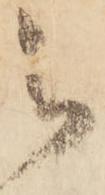
被